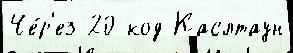
Че́р'ез 20 код Каслтаун